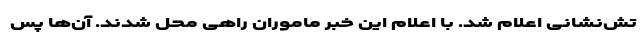
تش‌نشانی اعلام شد. با اعلام این خبر ماموران راهی محل شدند. آن‌ها پس